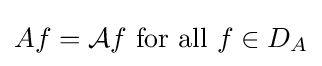
Af={\mathcal {A}}f{\mbox{ for all }}f\in D_{A}